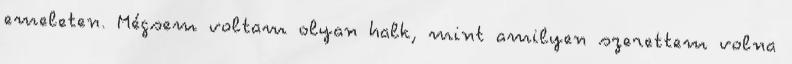
emeleten. Mégsem voltam olyan halk, mint amilyen szerettem volna